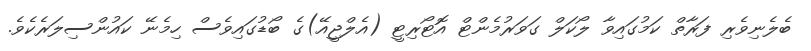
ބެލެނިވެރި ފަރާތް ކަމުގައިވާ ލޯކަލް ގަވަރުމެންޓް އޮޓޯރިޓީ (އެލްޖީއޭ)ގެ ބޯޑުގައިވެސް ހިމެނޭ ކައުންސިލަރެކެވެ.